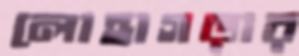
লোহাগড়ার